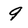
Character: 9